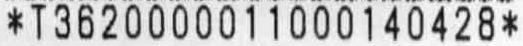
*T3620000011000140428*